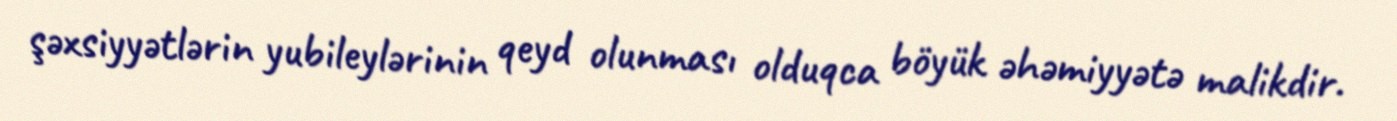
şəxsiyyətlərin yubileylərinin qeyd olunması olduqca böyük əhəmiyyətə malikdir.